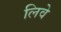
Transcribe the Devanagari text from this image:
लिवे